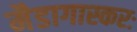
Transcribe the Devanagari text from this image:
मैडागास्करः